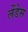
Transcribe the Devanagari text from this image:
लेंडेस